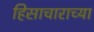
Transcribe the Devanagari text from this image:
हिसाचाराच्या